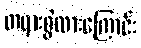
တရားစွဲထားကြောင်း